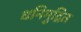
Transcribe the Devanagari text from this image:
धनिमुद्रित